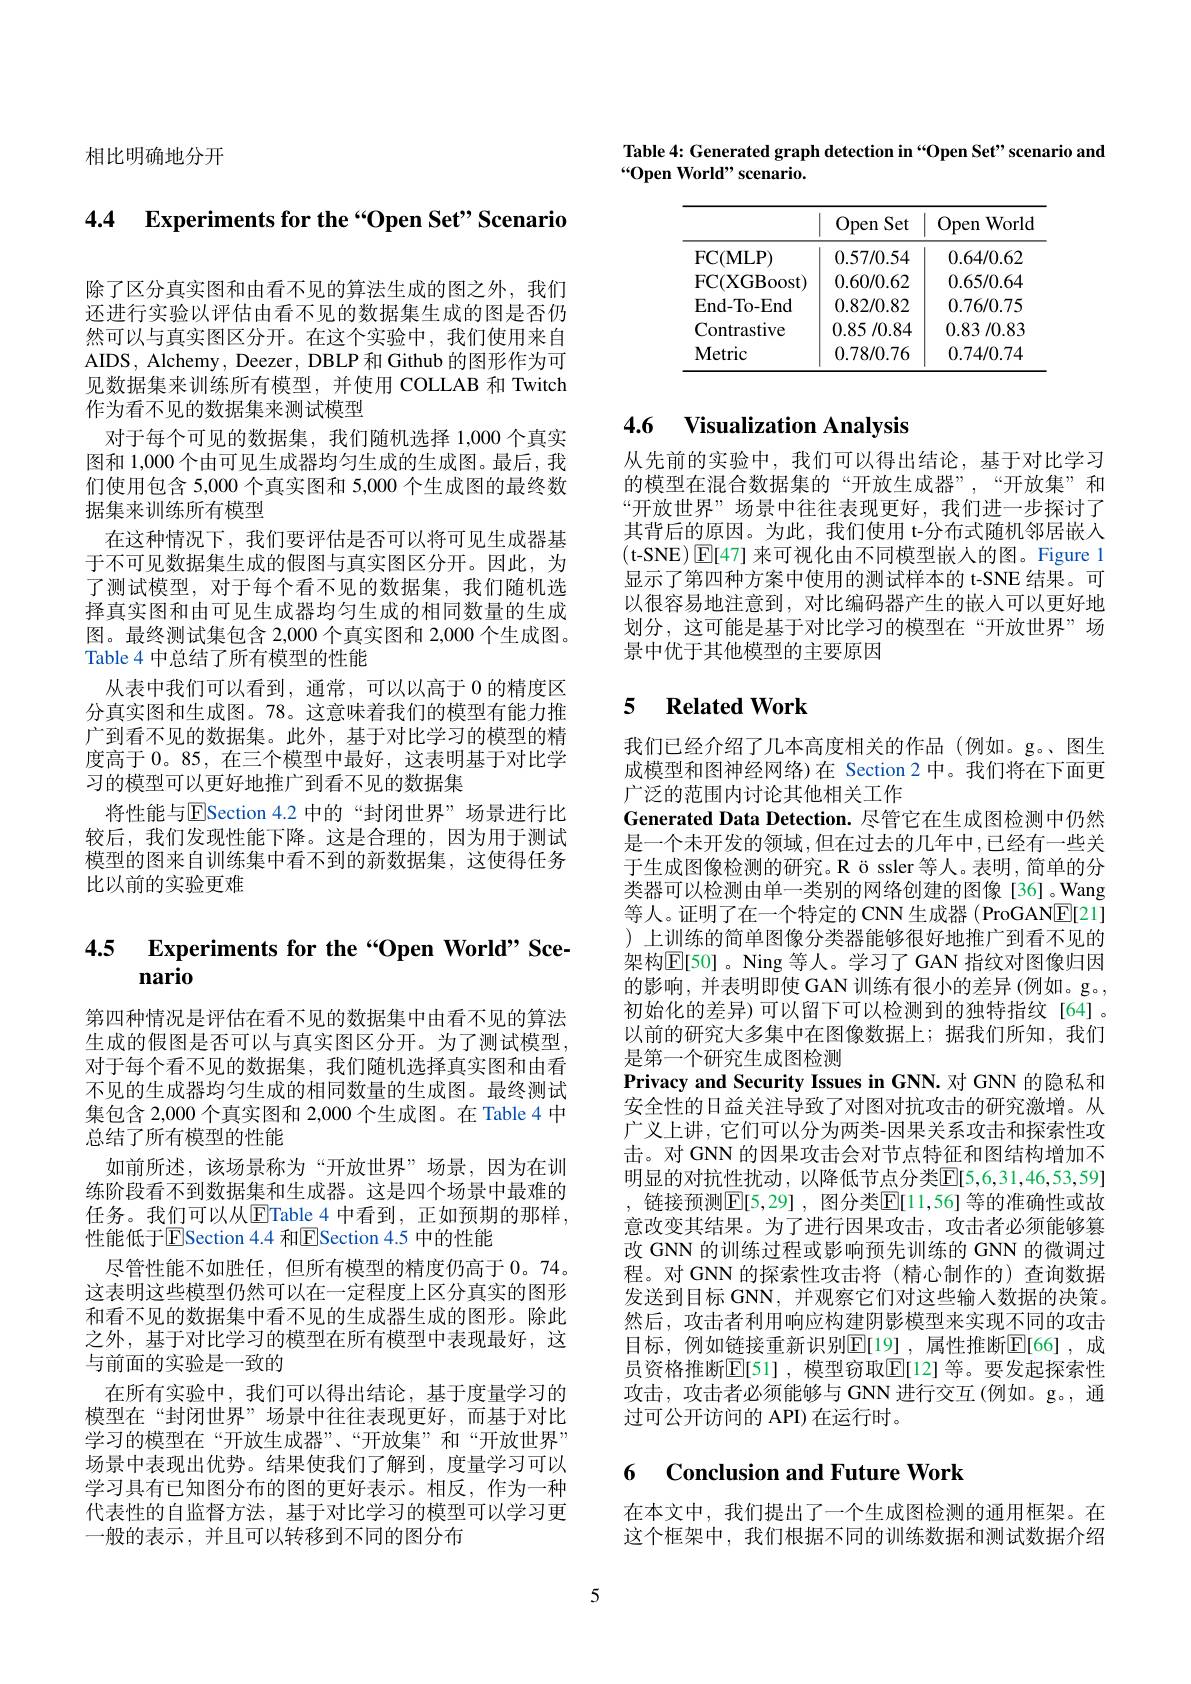
相比明确地分开

4.4 $\textbf{Experiments for the“ Open Set” Scenario}$

除了区分真实图和由看不见的算法生成的图之外，我们还进行实验以评估由看不见的数据集生成的图是否仍然可以与真实图区分开。在这个实验中，我们使用来自AIDS, Alchemy, Deezer, DBLP 和 Github 的图形作为可见数据集来训练所有模型，并使用 COLLAB 和 Twitch 作为看不见的数据集来测试模型
对于每个可见的数据集，我们随机选择 1,000 个真实图和 1,000 个由可见生成器均匀生成的生成图。最后，我们使用包含 5,000 个真实图和 5,000 个生成图的最终数据集来训练所有模型
在这种情况下，我们要评估是否可以将可见生成器基于不可见数据集生成的假图与真实图区分开。因此，为了测试模型，对于每个看不见的数据集，我们随机选择真实图和由可见生成器均匀生成的相同数量的生成图。最终测试集包含 2,000个真实图和 2,000 个生成图。Table 4 中总结了所有模型的性能
从表中我们可以看到，通常，可以以高于 0 的精度区分真实图和生成图。78。这意味着我们的模型有能力推广到看不见的数据集。此外，基于对比学习的模型的精度高于0。85,在三个模型中最好，这表明基于对比学习的模型可以更好地推广到看不见的数据集
将性能与$\overline{\mathrm{E}}$Section 4.2 中的“封闭世界”场景进行比较后，我们发现性能下降。这是合理的，因为用于测试模型的图来自训练集中看不到的新数据集，这使得任务比以前的实验更难

# 4.5 Experiments for the “Open World” Scenario

第四种情况是评估在看不见的数据集中由看不见的算法生成的假图是否可以与真实图区分开。为了测试模型， 对于每个看不见的数据集，我们随机选择真实图和由看不见的生成器均匀生成的相同数量的生成图。最终测试集包含 2,000 个真实图和 2,000 个生成图。在 Table 4 中总结了所有模型的性能
如前所述，该场景称为“开放世界”场景，因为在训练阶段看不到数据集和生成器。这是四个场景中最难的任务。我们可以从$\underline{\mathrm{E}}$Table 4 中看到，正如预期的那样， 性能低于$\operatorname{E}$Section 4.4 和$\operatorname{E}$Section 4.5 中的性能
尽管性能不如胜任，但所有模型的精度仍高于 0。74。这表明这些模型仍然可以在一定程度上区分真实的图形和看不见的数据集中看不见的生成器生成的图形。除此之外，基于对比学习的模型在所有模型中表现最好，这与前面的实验是一致的
在所有实验中，我们可以得出结论，基于度量学习的模型在“封闭世界”场景中往往表现更好，而基于对比学习的模型在“开放生成器”、“开放集”和“开放世界” 场景中表现出优势。结果使我们了解到，度量学习可以学习具有已知图分布的图的更好表示。相反，作为一种代表性的自监督方法，基于对比学习的模型可以学习更一般的表示，并且可以转移到不同的图分布

Table 4: Generated graph detection in“Open Set”scenario and
“Open World" scenario.

<table>
	<tbody>
		<tr>
			<th> </th>
			<th>Open Set</th>
			<th>Open World</th>
		</tr>
		<tr>
			<td>FC( MLP) </td>
			<td>0.57/0.54</td>
			<td>0.64/0.62</td>
		</tr>
		<tr>
			<td>FC( XGBoost) </td>
			<td>0.60/0.62</td>
			<td>0.65/0.64</td>
		</tr>
		<tr>
			<td>End-To-End</td>
			<td>0.82/0.82</td>
			<td>0.76/0.75</td>
		</tr>
		<tr>
			<td>Contrastive</td>
			<td>0.85/0.84</td>
			<td>0.83/0.83</td>
		</tr>
		<tr>
			<td>Metric</td>
			<td>0.78/0.76</td>
			<td>0.74/0.74</td>
		</tr>
	</tbody>
</table>

# 4.6 Visualization Analysis

从先前的实验中，我们可以得出结论，基于对比学习的模型在混合数据集的“开放生成器”,“开放集”和“开放世界”场景中往往表现更好，我们进一步探讨了其背后的原因。为此，我们使用 t-分布式随机邻居嵌入(t-SNE)$\operatorname{E}[47]$来可视化由不同模型嵌人的图。Figure 1显示了第四种方案中使用的测试样本的 t-SNE 结果。可以很容易地注意到，对比编码器产生的嵌人可以更好地划分，这可能是基于对比学习的模型在“开放世界”场景中优于其他模型的主要原因

### 5 $\textbf{Related Work}$

我们已经介绍了几本高度相关的作品(例如。g。、图生成模型和图神经网络)在 Section 2 中。我们将在下面更广泛的范围内讨论其他相关工作
Generated Data Detection. 尽管它在生成图检测中仍然是一个未开发的领域，但在过去的几年中，已经有一些关于生成图像检测的研究。R ö ssler等人。表明，简单的分类器可以检测由单一类别的网络创建的图像[36]。Wang 等人。证明了在一个特定的 CNN 生成器 (ProGAN$\boxed{\mathrm{E}}[21]$ )上训练的简单图像分类器能够很好地推广到看不见的架构$\mathbb{E}$[50]。Ning 等人。学习了 GAN 指纹对图像归因的影响，并表明即使 GAN 训练有很小的差异 (例如。g。, 初始化的差异)可以留下可以检测到的独特指纹[64]。以前的研究大多集中在图像数据上；据我们所知，我们是第一个研究生成图检测
Privacy and Security Issues in GNN.对 GNN 的隐私和安全性的日益关注导致了对图对抗攻击的研究激增。从广义上讲，它们可以分为两类-因果关系攻击和探索性攻击。对 GNN 的因果攻击会对节点特征和图结构增加不明显的对抗性扰动，以降低节点分类$\mathbb{E}[5,6,31,46,53,59]$ , 链接预测$\mathbb{E}[5,29]$, 图分类$\mathbb{E}[11,56]$ 等的准确性或故意改变其结果。为了进行因果攻击，攻击者必须能够篡改 GNN 的训练过程或影响预先训练的 GNN 的微调过程。对 GNN 的探索性攻击将 (精心制作的) 查询数据发送到目标 GNN, 并观察它们对这些输人数据的决策。然后，攻击者利用响应构建阴影模型来实现不同的攻击目标，例如链接重新识别$\underline{\mathrm{E}}[\underline{19}]$,属性推断$\overline{\mathrm{E}}[66]$,成员资格推断$\overline{\mathrm{E}}[51]$, 模型窃取$\mathbb{E}[12]$ 等。要发起探索性攻击，攻击者必须能够与 GNN 进行交互(例如。g。,通过可公开访问的 API) 在运行时。

### 6 $\textbf{Conclusion and Future Work}$

在本文中，我们提出了一个生成图检测的通用框架。在这个框架中，我们根据不同的训练数据和测试数据介绍

5